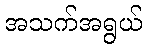
အသက်အရွယ်